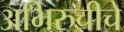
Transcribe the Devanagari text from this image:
अभिरुचीचे